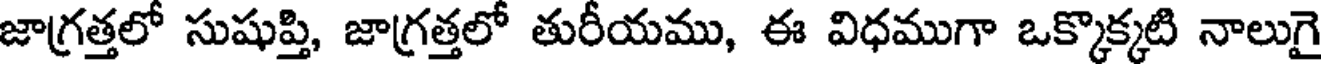
జాగ్రత్తలో సుషుప్తి, జాగ్రత్తలో తురీయము, ఈ విధముగా ఒక్కొక్కటి నాలుగై